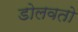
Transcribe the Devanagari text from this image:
डोलवतो